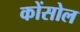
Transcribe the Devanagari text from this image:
कोंसोल